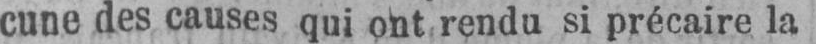
cune des causes qui ont rendu si précaire la